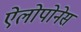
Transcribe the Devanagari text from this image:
ऐलोपोनेस